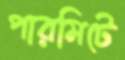
পারমিটে